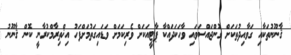
ޤާނޫނުތަކާއި ގަވާއިދުތަކަށް ގޮންޖައްސަވައި ވާހަކަދައްކާ ޕާޓީއަކަށް ވެރިކަމަށް ވަޑައިގަތުމަށްފަހު އިޚްތިރާމްކުރާނީ ކޮން ޤާނޫނު